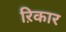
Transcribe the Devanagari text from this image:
ऱिकार